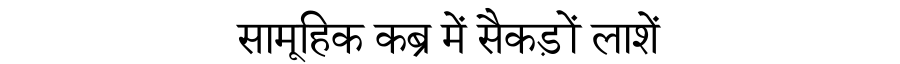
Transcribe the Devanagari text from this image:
सामूहिक कब्र में सैकड़ों लाशें